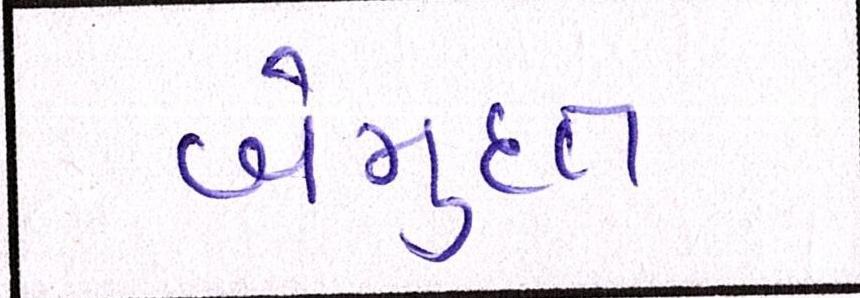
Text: બેમુદત